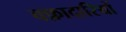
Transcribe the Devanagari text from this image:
वफ़ादारियों